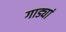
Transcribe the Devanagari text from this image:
गाड्यां